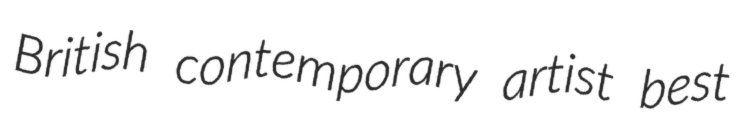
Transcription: British contemporary artist best